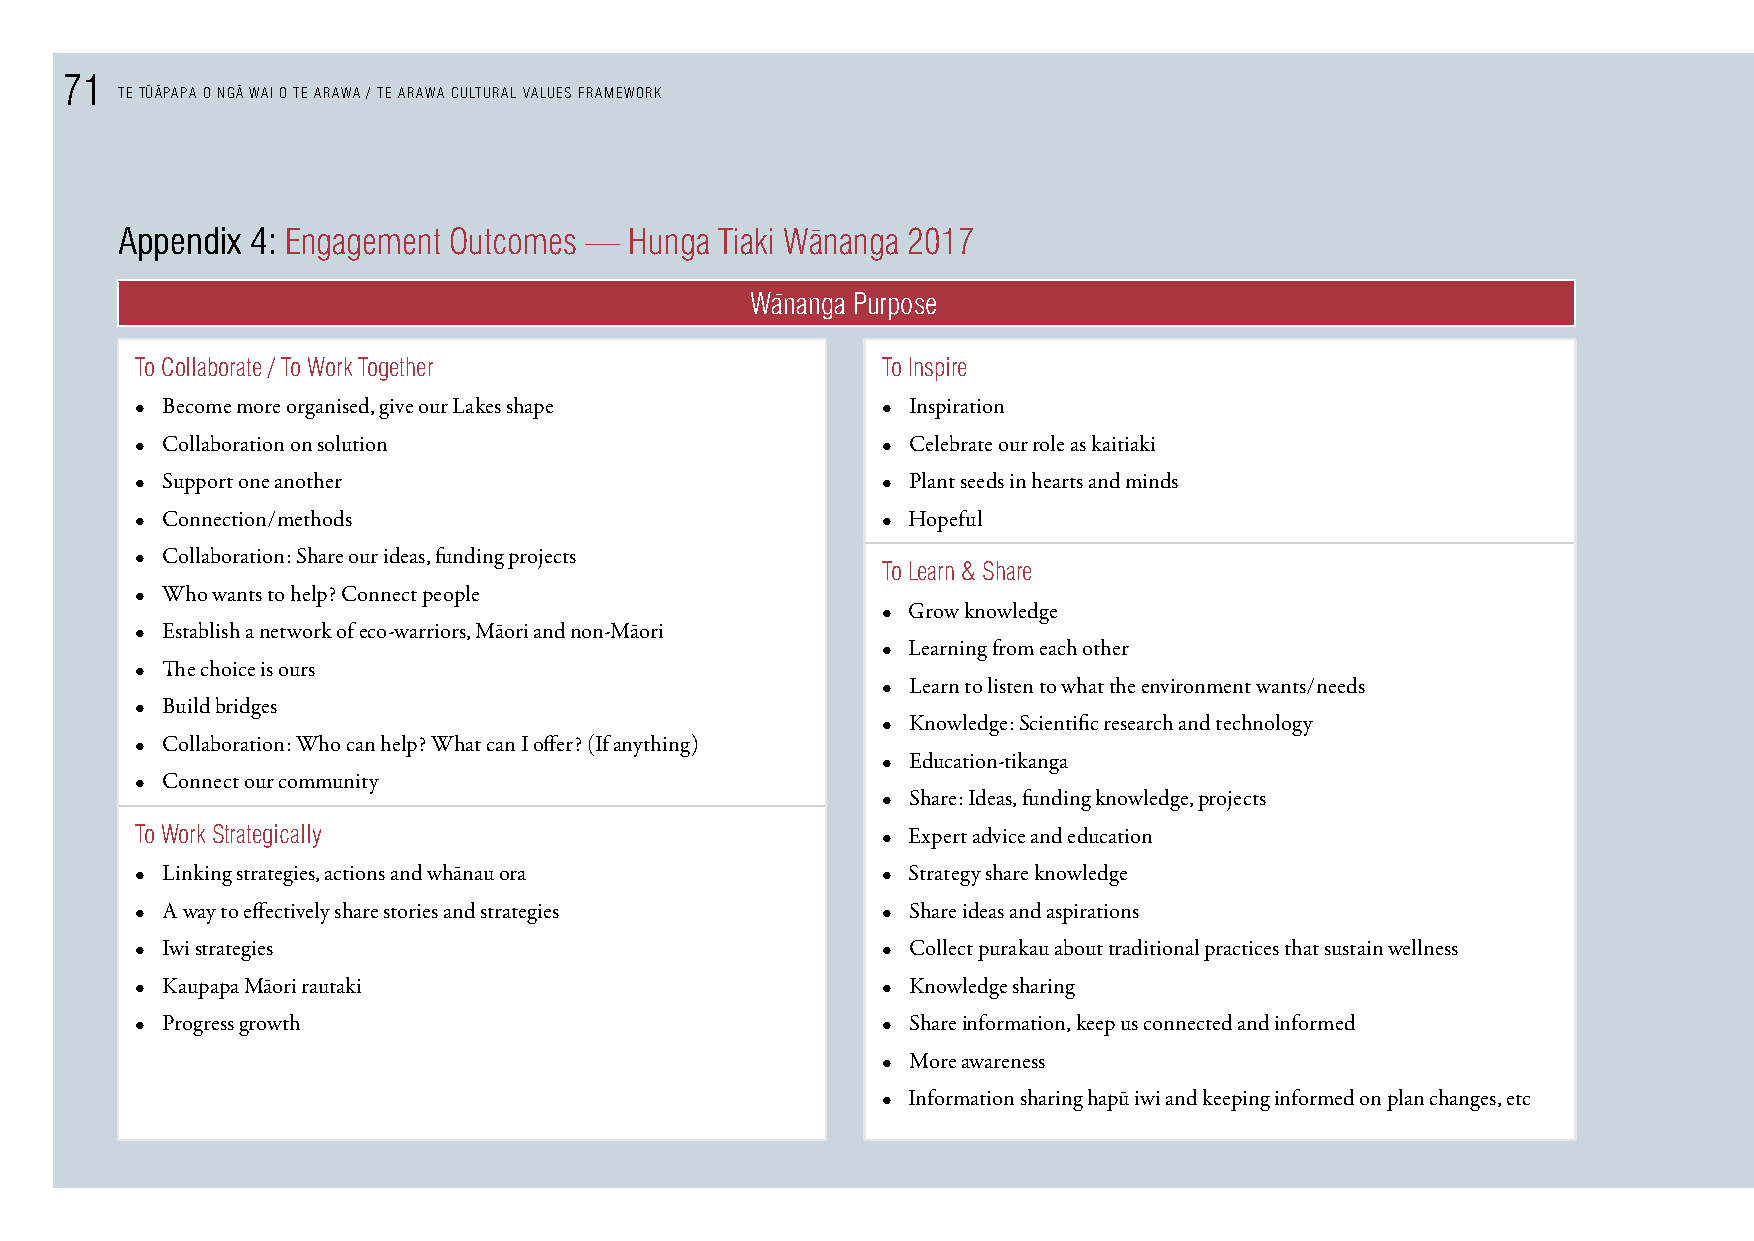
71    - -   -
 TE TUAPAPA O NGA WAI O TE ARAWA / TE ARAWA CULTURAL VALUES FRAMEWORK
 Appendix 4: engagement Outcomes — Hunga Tiaki W¯ananga 2017
 W¯ananga purpose
 To collaborate / To Work Together                To Inspire
 • Become more organised, give our Lakes shape    • Inspiration
 • Collaboration on solution                      • Celebrate our role as kaitiaki
 • Support one another                            • Plant seeds in hearts and minds
 • Connection/methods                             • Hopeful
 • Collaboration: Share our ideas, funding projects
 To Learn & share
 • Who wants to help? Connect people
 • Grow knowledge
 • Establish a network of eco-warriors, Māori and non-Māori
 • Learning from each other
 • The choice is ours
 • Learn to listen to what the environment wants/needs
 • Build bridges
 • Knowledge: Scientific research and technology
 • Collaboration: Who can help? What can I offer? (If anything)
 • Education-tikanga
 • Connect our community
 • Share: Ideas, funding knowledge, projects
 To Work strategically                            • Expert advice and education
 • Linking strategies, actions and whānau ora     • Strategy share knowledge
 • A way to effectively share stories and strategies • Share ideas and aspirations
 • Iwi strategies                                 • Collect purakau about traditional practices that sustain wellness
 • Kaupapa Māori rautaki                          • Knowledge sharing
 • Progress growth                                • Share information, keep us connected and informed
 • More awareness
 • Information sharing hapū iwi and keeping informed on plan changes, etc